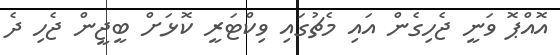
އޮއްޕޮ ވަނީ ޖެހިގެން އައި މެޗުގައި ވިކްޓަރީ ކޮޅަށް ބީޖީން ޖެހި ދެ